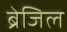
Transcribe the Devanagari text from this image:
ब्रेजिल